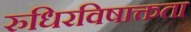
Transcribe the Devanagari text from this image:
रुधिरविषाक्तता